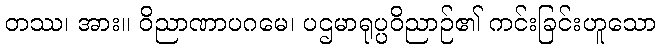
တဿ၊ အား။ ဝိညာဏာပဂမေ၊ ပဌမာရုပ္ပဝိညာဉ်၏ ကင်းခြင်းဟူသော